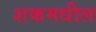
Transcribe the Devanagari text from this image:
शकमधील